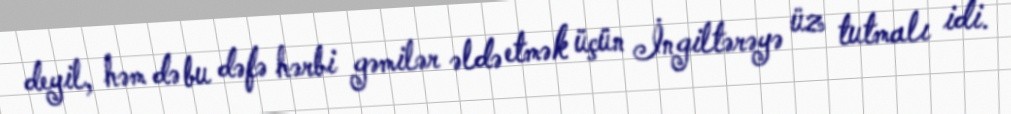
deyil, həm də bu dəfə hərbi gəmilər əldə etmək üçün İngiltərəyə üz tutmalı idi.